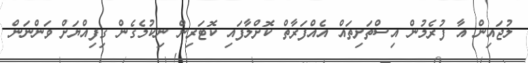
ލުޖައިން އާ ފުރެމުން އިސްތަށިތައް އެއްފަރާތް ކޮށްލާފައި ކޮޓަރިން ނިކުމެގެން ގިފިއްޔަށް ވަންނަން